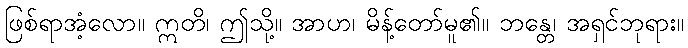
ဖြစ်ရာအံ့လော။ ဣတိ၊ ဤသို့။ အာဟ၊ မိန့်တော်မူ၏။ ဘန္တေ၊ အရှင်ဘုရား။